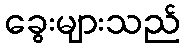
ခွေးများသည်